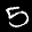
Label: 5